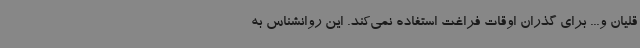
قلیان و... برای گذران اوقات فراغت استفاده نمی‌کند. این روانشناس به